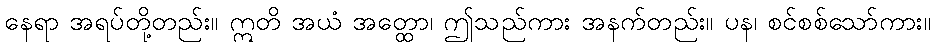
နေရာ အရပ်တို့တည်း။ ဣတိ အယံ အတ္ထော၊ ဤသည်ကား အနက်တည်း။ ပန၊ စင်စစ်သော်ကား။